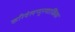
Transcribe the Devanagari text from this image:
करिवेलप्पुरमाळिका